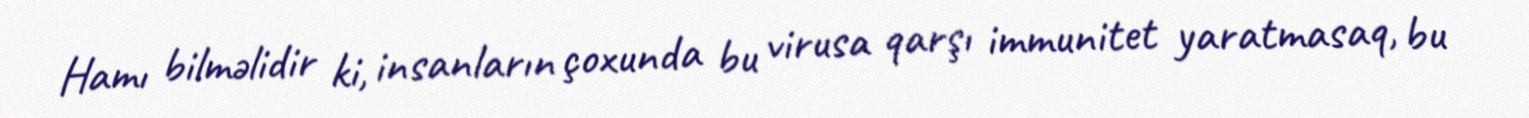
Hamı bilməlidir ki, insanların çoxunda bu virusa qarşı immunitet yaratmasaq, bu